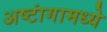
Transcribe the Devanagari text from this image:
अष्टांगामध्ये